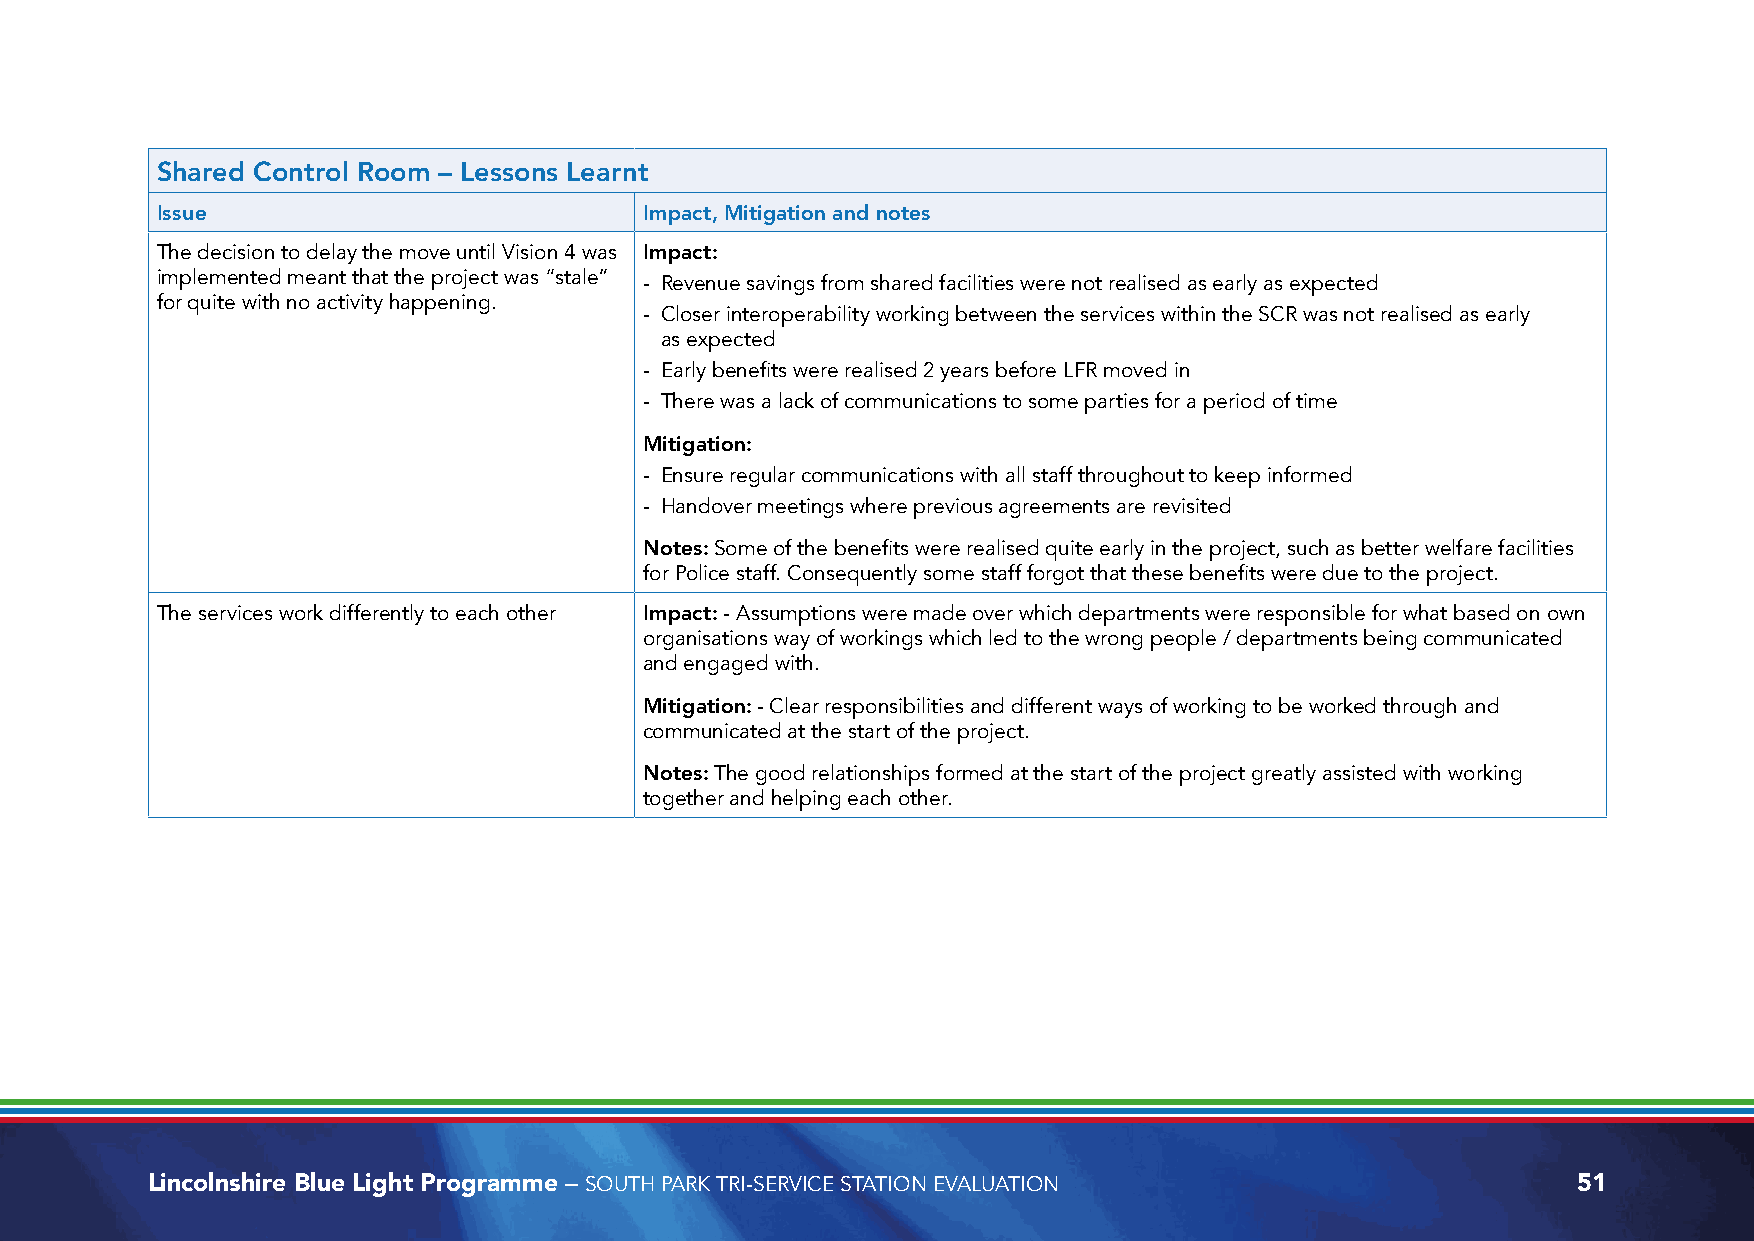
Shared Control Room – Lessons Learnt
 Issue                            Impact, Mitigation and notes
 The decision to delay the move until Vision 4 was Impact:
 implemented meant that the project was “stale” - Revenue savings from shared facilities were not realised as early as expected
 for quite with no activity happening.
 - Closer interoperability working between the services within the SCR was not realised as early
 as expected
 - Early benefits were realised 2 years before LFR moved in
 - There was a lack of communications to some parties for a period of time
 Mitigation:
 - Ensure regular communications with all staff throughout to keep informed
 - Handover meetings where previous agreements are revisited
 Notes: Some of the benefits were realised quite early in the project, such as better welfare facilities
 for Police staff. Consequently some staff forgot that these benefits were due to the project.
 The services work differently to each other Impact: - Assumptions were made over which departments were responsible for what based on own
 organisations way of workings which led to the wrong people / departments being communicated
 and engaged with.
 Mitigation: - Clear responsibilities and different ways of working to be worked through and
 communicated at the start of the project.
 Notes: The good relationships formed at the start of the project greatly assisted with working
 together and helping each other.
 Lincolnshire Blue Light Programme – SOUTH PARK TRI-SERVICE STATION EVALUATION                 51